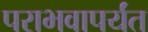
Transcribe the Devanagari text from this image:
पराभवापर्यंत